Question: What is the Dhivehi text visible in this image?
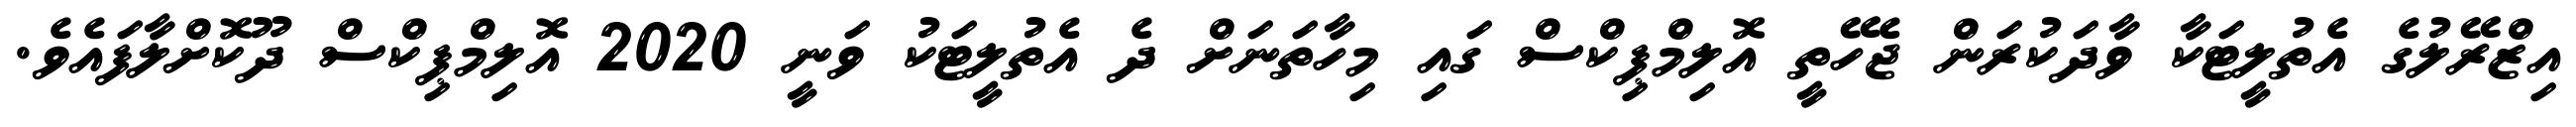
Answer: އިޒްރޭލުގެ އެތުލީޓަކާ ވާދަކުރަން ޖެހޭތީ އޮލިމްޕިކްސް ގައި މިހާތަނަށް ދެ އެތުލީޓަކު ވަނީ 2020 އޮލިމްޕިކްސް ދޫކޮށްލާފައެވެ.